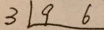
3 1 9 6